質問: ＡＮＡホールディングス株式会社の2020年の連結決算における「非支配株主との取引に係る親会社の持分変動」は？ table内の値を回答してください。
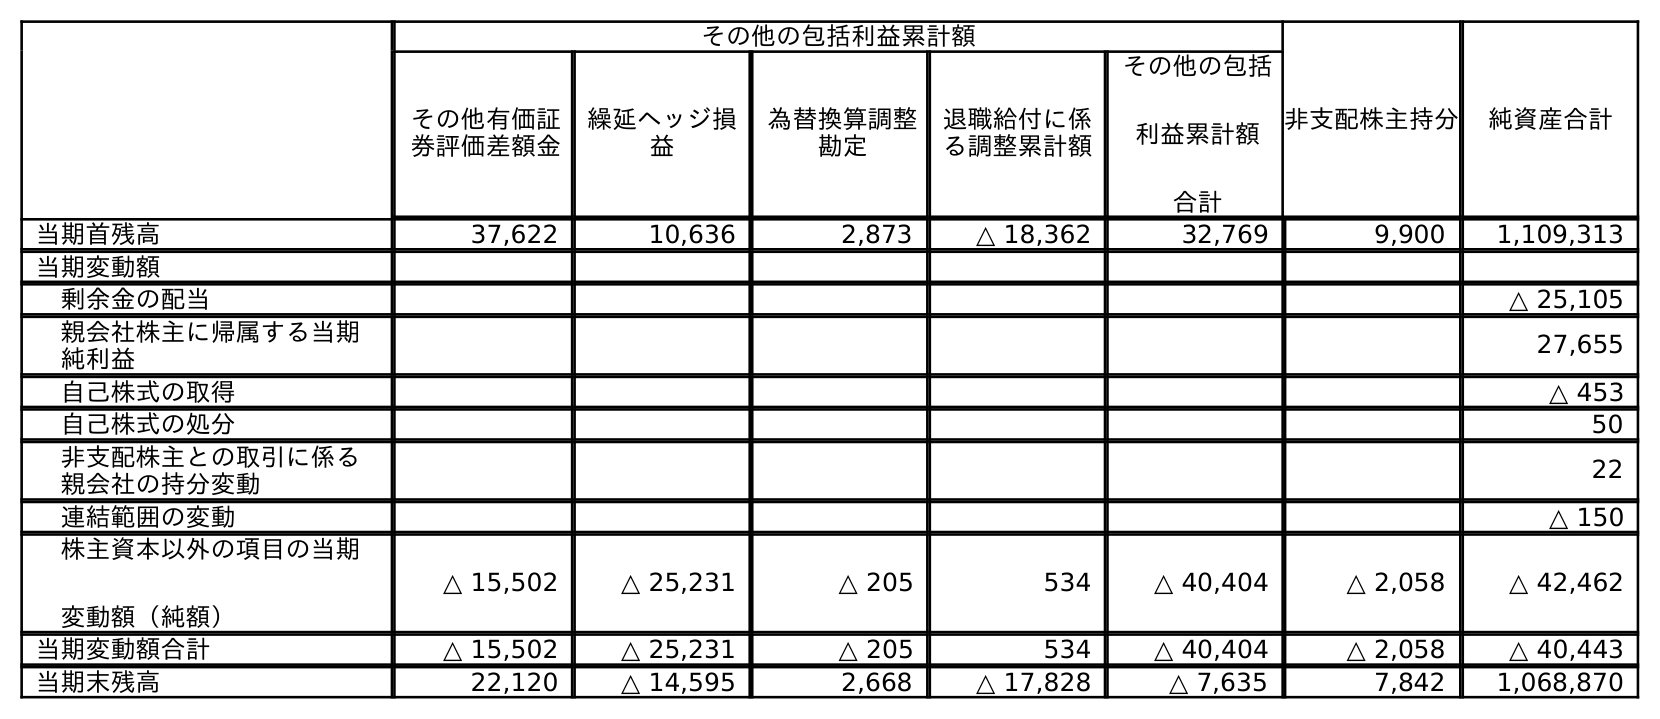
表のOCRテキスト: その他の包括利益累計額 非支配株主持分 純資産合計 その他有価証 券評価差額金 繰延ヘッジ損 益 為替換算調整 勘定 退職給付に係 る調整累計額 その他の包括 利益累計額 合計 当期首残高 37,622 10,636 2,873 △ 18,362 32,769 9,900 1,109,313 当期変動額 剰余金の配当 △ 25,105 親会社株主に帰属する当期 純利益 27,655 自己株式の取得 △ 453 自己株式の処分 50 非支配株主との取引に係る 親会社の持分変動 22 連結範囲の変動 △ 150 株主資本以外の項目の当期 変動額（純額） △ 15,502 △ 25,231 △ 205 534 △ 40,404 △ 2,058 △ 42,462 当期変動額合計 △ 15,502 △ 25,231 △ 205 534 △ 40,404 △ 2,058 △ 40,443 当期末残高 22,120 △ 14,595 2,668 △ 17,828 △ 7,635 7,842 1,068,870
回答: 22